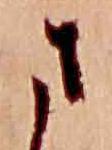
さ